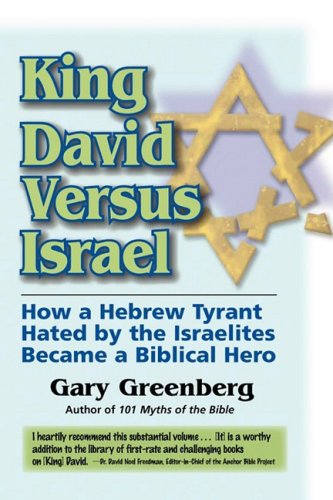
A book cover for King David Versus Israel: How a Hebrew Tyrant Hated by the Israelites Became a Biblical Hero; Gary Greenberg; Christian Books & Bibles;